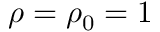
\rho = \rho _ { 0 } = 1